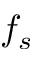
f _ { s }